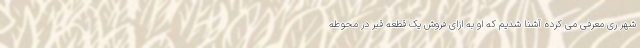
شهر ری معرفی می کرده آشنا شدیم که او به ازای فروش یک قطعه قبر در محوطه